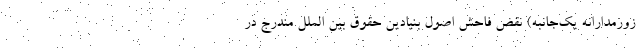
زورمدارانه یک‌جانبه) نقض فاحش اصول بنیادین حقوق بین الملل مندرج در